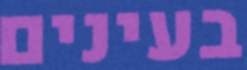
בעינים